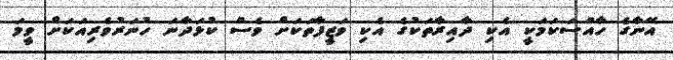
އޭނާގެ ހާއްސަކަމަކީ އެކި ދާއިރާތަކުގެ އެކި ވަޒީފާތަކަށް ވެސް ކުޅަދާނަ ހުނަރުވެރިއަކަށް ވީމަ